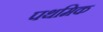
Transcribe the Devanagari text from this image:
पथमिक